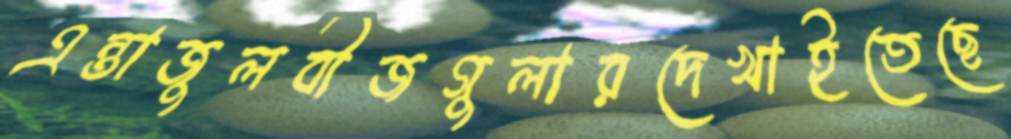
এন্তাজুলবীজগুলারদেখাইতেছে